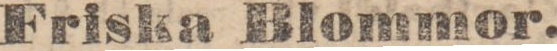
Friska Blommor.